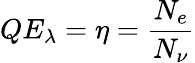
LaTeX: QE_{\lambda}=\eta={\frac{N_{e}}{N_{\nu}}}